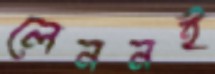
লেননই